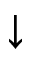
\mathord { \downarrow }